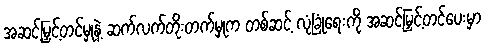
အဆင့်မြှင့်တင်မှုနဲ့ ဆက်လက်တိုးတက်မှုက တစ်ဆင့် လုံခြုံရေးကို အဆင့်မြှင့်တင်ပေးမှာ